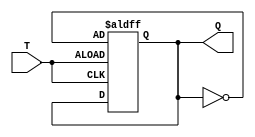
module t_flip_flop (
    input wire T,
    output reg Q
);

always @ (posedge T or negedge T)
begin
    if (T)
    begin
        Q <= ~Q;   // Toggle the output state when T transitions from low to high
    end
end

endmodule